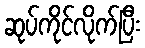
ဆုပ်ကိုင်လိုက်ပြီး